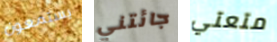
يستمعون جائتني متعتي